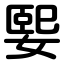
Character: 媐